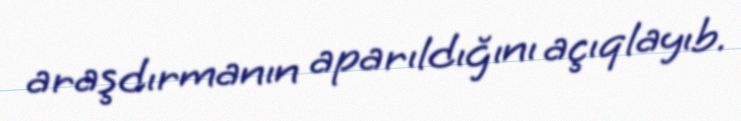
araşdırmanın aparıldığını açıqlayıb.